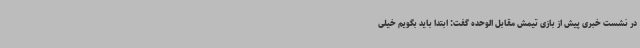
در نشست خبری پیش از بازی تیمش مقابل الوحده گفت: ابتدا باید بگویم خیلی